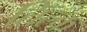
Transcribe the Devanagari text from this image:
तिल्क